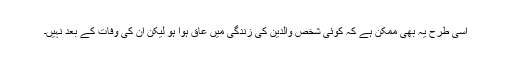
اسی طرح یہ بھی ممکن ہے کہ کوئی شخص والدین کی زندگی میں عاق ہوا ہو لیکن ان کی وفات کے بعد نہیں۔